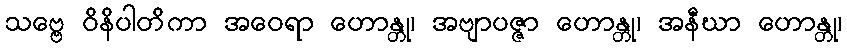
သဗ္ဗေ ဝိနိပါတိကာ အဝေရာ ဟောန္တု၊ အဗျာပဇ္ဇာ ဟောန္တု၊ အနီဃာ ဟောန္တု၊